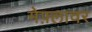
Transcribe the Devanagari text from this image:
मेफ़्लावर